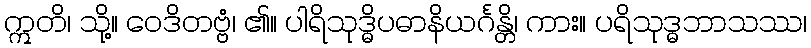
ဣတိ၊ သို့။ ဝေဒိတဗ္ဗံ၊ ၏။ ပါရိသုဒ္ဓိပဓာနိယင်္ဂန္တိ၊ ကား။ ပရိသုဒ္ဓဘာသဿ၊